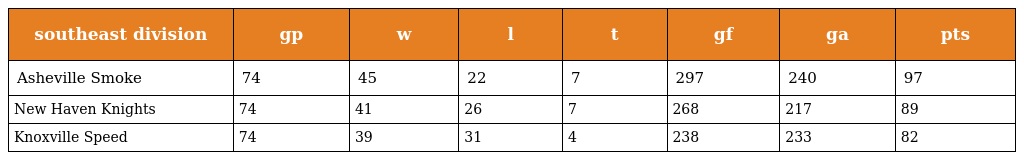
| southeast division | gp | w | l | t | gf | ga | pts |
 | --- | --- | --- | --- | --- | --- | --- | --- |
 | Asheville Smoke | 74 | 45 | 22 | 7 | 297 | 240 | 97 |
 | New Haven Knights | 74 | 41 | 26 | 7 | 268 | 217 | 89 |
 | Knoxville Speed | 74 | 39 | 31 | 4 | 238 | 233 | 82 |